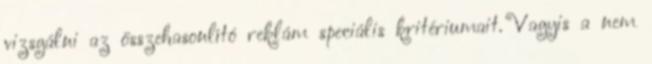
vizsgálni az összehasonlító reklám speciális kritériumait. Vagyis a nem